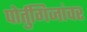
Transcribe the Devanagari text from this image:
पोर्तुगिजांवर